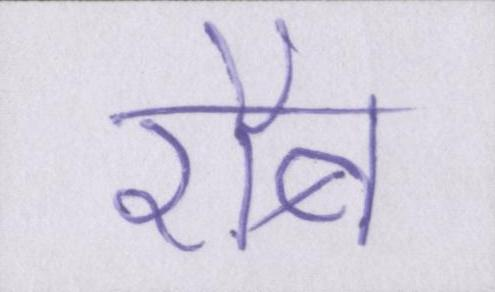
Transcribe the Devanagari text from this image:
रौब